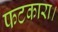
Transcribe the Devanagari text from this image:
फटकारा।